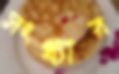
সংখ্যার